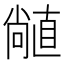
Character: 𥊣